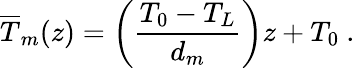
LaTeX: \overline{{T}}_{m}(z)=\left(\frac{T_{0}-T_{L}}{d_{m}}\right)z+T_{0}~.